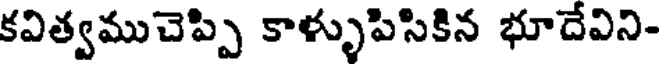
కవిత్వముచెప్పి కాళ్ళుపిసికిన భూదేవిని-